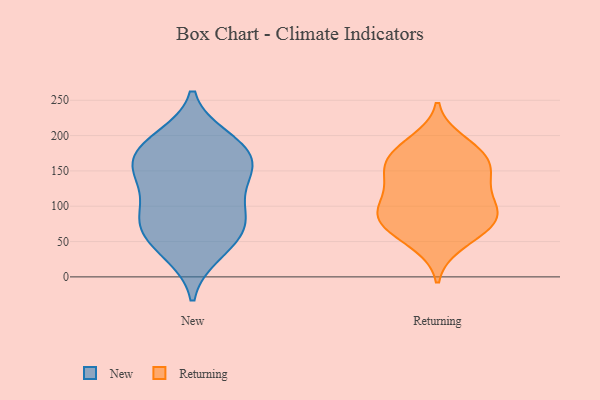
{"axis": {"x": "Net Income (USD K)", "y": "Value"}, "legend": ["New", "Returning"], "data": [{"x": "", "y": 81, "type": "New"}, {"x": "", "y": 175, "type": "New"}, {"x": "", "y": 193, "type": "New"}, {"x": "", "y": 35, "type": "New"}, {"x": "", "y": 188, "type": "New"}, {"x": "", "y": 164, "type": "New"}, {"x": "", "y": 197, "type": "New"}, {"x": "", "y": 93, "type": "New"}, {"x": "", "y": 92, "type": "New"}, {"x": "", "y": 144, "type": "New"}, {"x": "", "y": 63, "type": "New"}, {"x": "", "y": 32, "type": "New"}, {"x": "", "y": 135, "type": "New"}, {"x": "", "y": 158, "type": "New"}, {"x": "", "y": 67, "type": "New"}, {"x": "", "y": 68, "type": "New"}, {"x": "", "y": 158, "type": "New"}, {"x": "", "y": 124, "type": "New"}, {"x": "", "y": 175, "type": "Returning"}, {"x": "", "y": 88, "type": "Returning"}, {"x": "", "y": 119, "type": "Returning"}, {"x": "", "y": 182, "type": "Returning"}, {"x": "", "y": 146, "type": "Returning"}, {"x": "", "y": 76, "type": "Returning"}, {"x": "", "y": 102, "type": "Returning"}, {"x": "", "y": 156, "type": "Returning"}, {"x": "", "y": 136, "type": "Returning"}, {"x": "", "y": 82, "type": "Returning"}, {"x": "", "y": 192, "type": "Returning"}, {"x": "", "y": 150, "type": "Returning"}, {"x": "", "y": 168, "type": "Returning"}, {"x": "", "y": 82, "type": "Returning"}, {"x": "", "y": 107, "type": "Returning"}, {"x": "", "y": 46, "type": "Returning"}, {"x": "", "y": 56, "type": "Returning"}, {"x": "", "y": 78, "type": "Returning"}]}